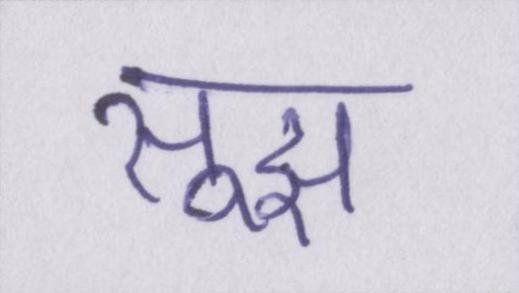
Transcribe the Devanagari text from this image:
सूझ